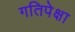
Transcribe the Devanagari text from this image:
गतिपेक्षा